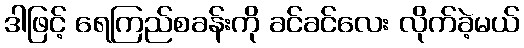
ဒါဖြင့် ရေကြည်စခန်းကို ခင်ခင်လေး လိုက်ခဲ့မယ်